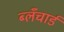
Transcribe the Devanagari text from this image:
ब्लँचार्ड